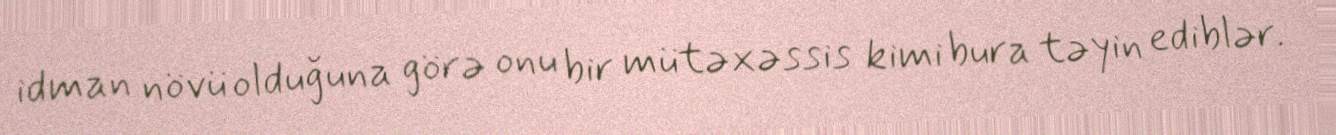
idman növü olduğuna görə onu bir mütəxəssis kimi bura təyin ediblər.